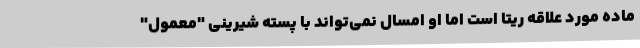
ماده مورد علاقه ریتا است اما او امسال نمی‌تواند با پسته شیرینی "معمول"